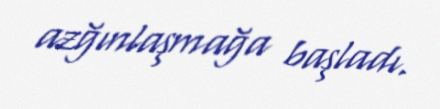
azğınlaşmağa başladı.